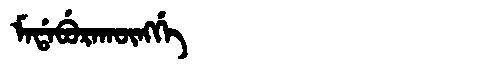
Manchu: ᠮᠠᡩᠠᠪᡠᡵᠠᡴᡡᠩᡤᡝ
Romanization: MADABURAKŪNGGE